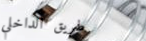
طريق الداخلي